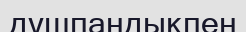
дүшпандықпен